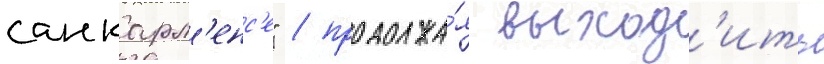
санкарл'енс'е" / продолжа́я выход'ить